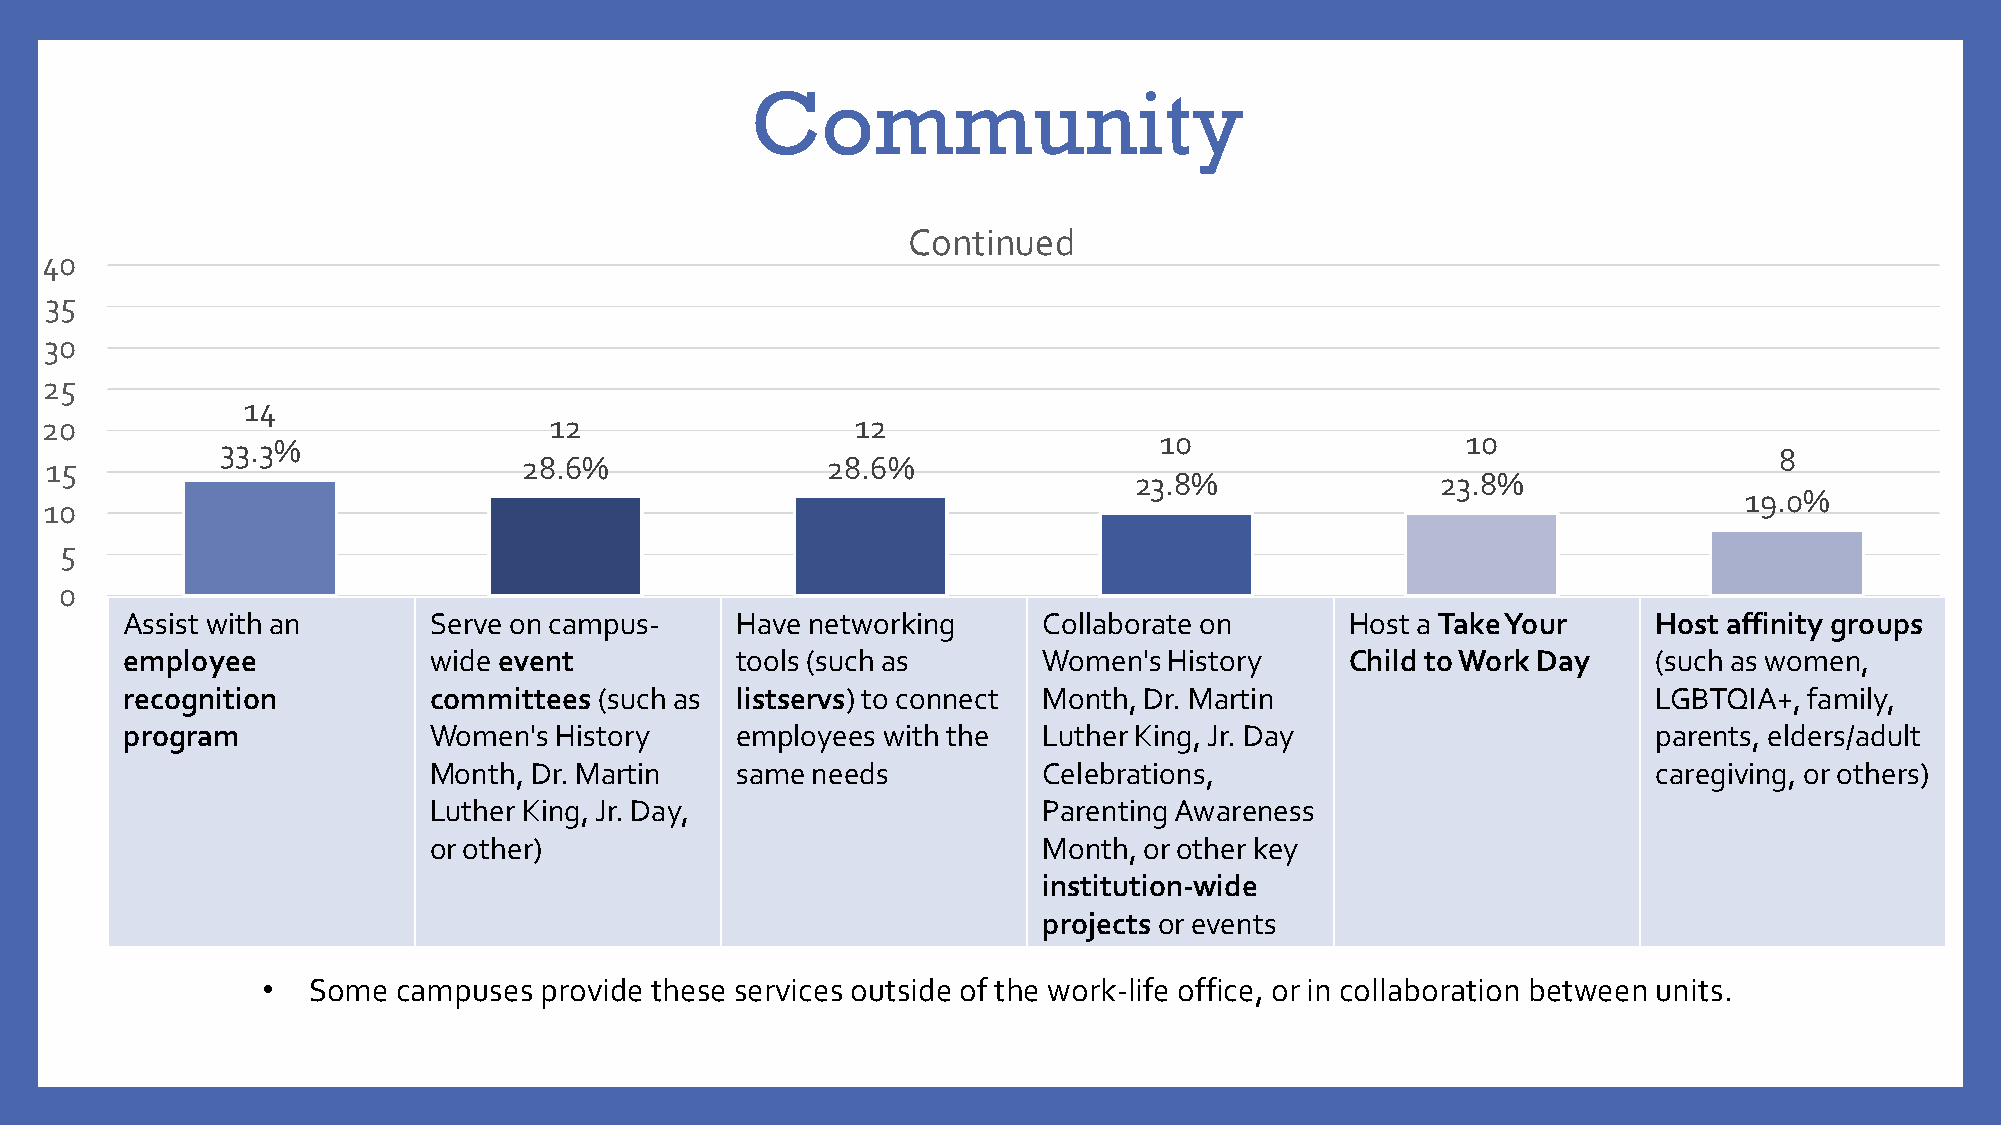
Community
 Continued
 40
 35
 30
 25
 14
 20                               12                   12
 10                  10
 33.3%
 8
 15                              28.6%               28.6%
 23.8%               23.8%
 19.0%
 10
 5
 0
 Assist with an      Serve on campus-     Have networking     Collaborate on      Host a Take Your     Host affinity groups
 employee            wide event           tools (such as      Women's History     Child to Work Day    (such as women,
 recognition         committees  (such as listservs) to connect Month, Dr. Martin                      LGBTQIA+, family,
 program             Women's  History     employees with the  Luther King, Jr. Day                     parents, elders/adult
 Month, Dr. Martin    same needs          Celebrations,                            caregiving, or others)
 Luther King, Jr. Day,                    Parenting Awareness
 or other)                                Month, or other key
 institution-wide
 projects or events
 •  Some  campuses  provide these services outside of the work-life office, or in collaboration between units.